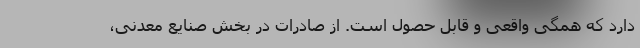
دارد که همگی واقعی و قابل حصول است. از صادرات در بخش صنایع معدنی،